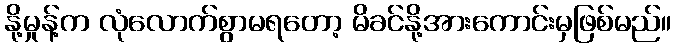
နို့မှုန့်က လုံလောက်စွာမရတော့ မိခင်နို့အားကောင်းမှဖြစ်မည်။